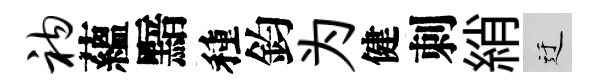
衲蘊黯種鈞为健刺綃迂